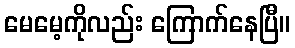
မေမေ့ကိုလည်း ကြောက်နေပြီ။